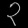
Digit: ၃